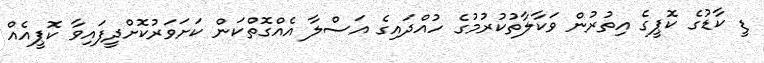
ޑީ ކާޑުގެ ކޮޕީގެ އިތުރުން ވަކާލާތުކުރުމުގެ ހުއްދައިގެ އަސްލާ އެއްގޮތްކަން ކަށަވަރުކޮށްދީފައިވާ ކޮޕީއެއް